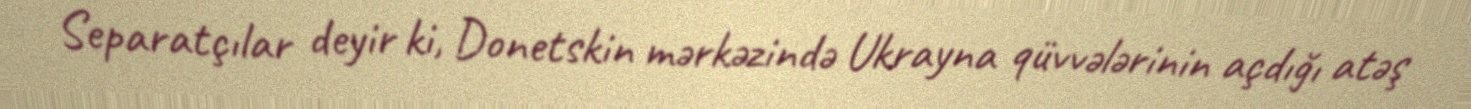
Separatçılar deyir ki, Donetskin mərkəzində Ukrayna qüvvələrinin açdığı atəş